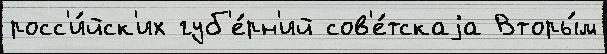
росс'и́йск'их губ'е́рн'ий сов'е́тскаjа Вторы́м